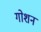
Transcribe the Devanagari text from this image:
गोशन